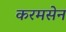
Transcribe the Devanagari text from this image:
करमसेन